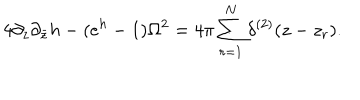
LaTeX: 4 \partial _ { z } \partial _ { \bar { z } } h - ( e ^ { h } - 1 ) \Omega ^ { 2 } = 4 \pi \sum _ { r = 1 } ^ { N } \delta ^ { ( 2 ) } ( z - z _ { r } ) .